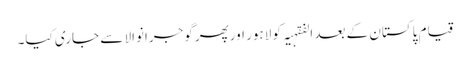
قیامِ پاکستان کے بعد الفقہیہ کو لاہور اورپھر گوجرانوالا سے جاری کیا۔